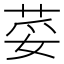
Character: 荽